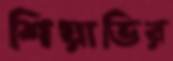
শিয়াভির